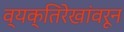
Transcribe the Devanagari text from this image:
व्यक्तिरेखांवरून